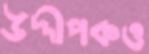
উদ্দীপকও